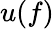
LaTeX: u(f)